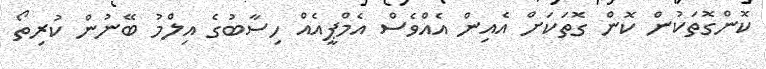
ކޮންގޮތަކުން ކޮން ގޮތަކަށް އެއިން އެއްވެސް އެމްޕީއެއް ހިސާބުގެ އިލްމު ބޭނުން ކުރިތޯ